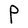
Character: P